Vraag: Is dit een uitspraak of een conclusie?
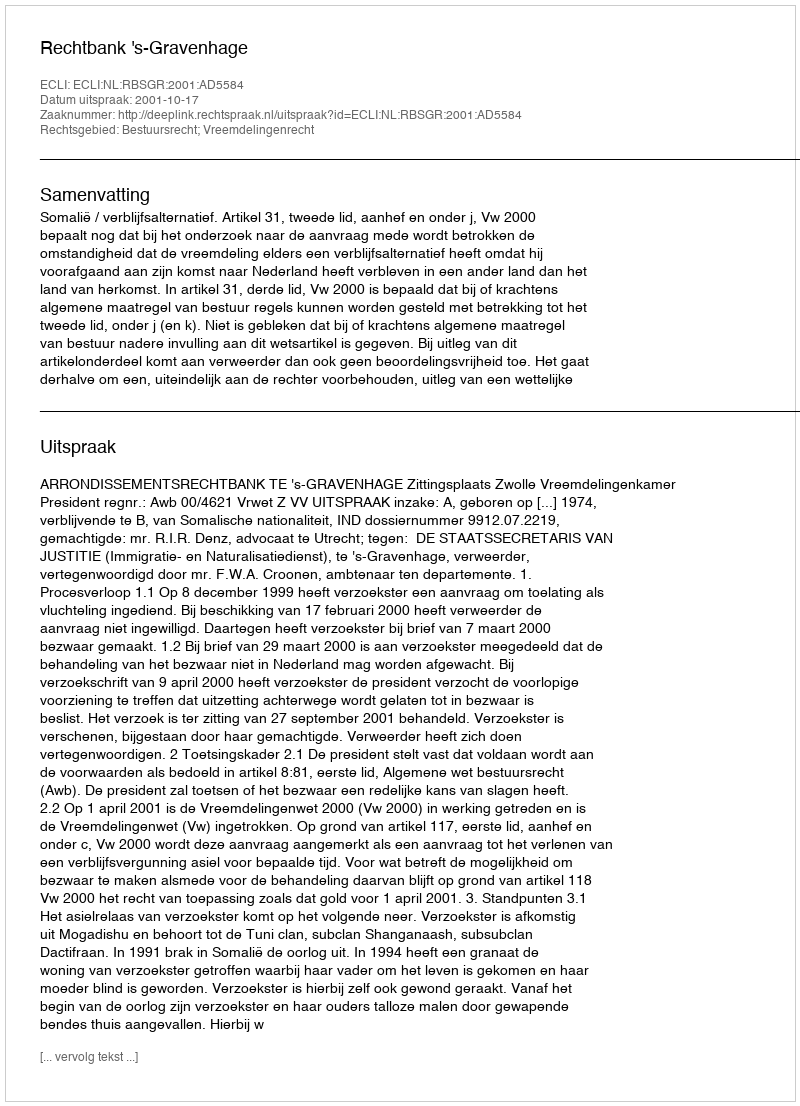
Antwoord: Uitspraak